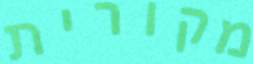
מקורית